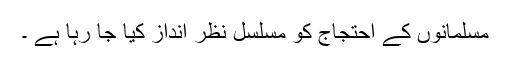
مسلمانوں کے احتجاج کو مسلسل نظر انداز کیا جا رہا ہے ۔